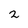
Character: 2